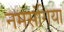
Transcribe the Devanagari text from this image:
नमसंगिया